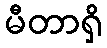
မီတာရှိ